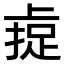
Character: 𫠼